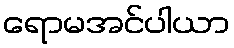
ရောမအင်ပါယာ